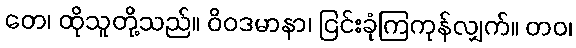
တေ၊ ထိုသူတို့သည်။ ဝိဝဒမာနာ၊ ငြင်းခုံကြကုန်လျှက်။ တဝ၊